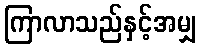
ကြာလာသည်နှင့်အမျှ